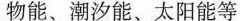
物能、潮汐能、太阳能等